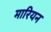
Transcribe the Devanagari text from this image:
मारियन